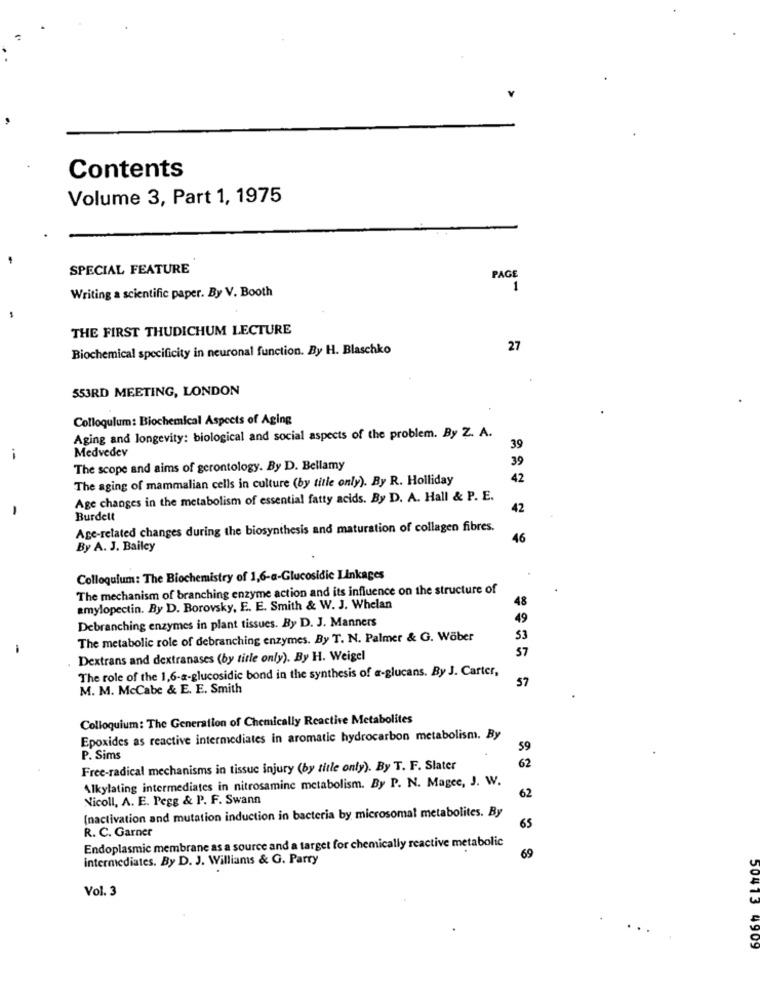
Contents
Volume 3, Part 1, 1975
SPECIAL FEATURE
PAGE
Writing a scientific paper. By V. Booth
1
THE FIRST THUDICHUM LECTURE
Biochemical specificity in neuronal function. By H. Blaschko
27
553RD MEETING, LONDON
Colloquium: Biochemical Aspects of Aging
Aging and longevity: biological and social aspects of the problem. By Z. A.
Medvedev
39
39
The scope and aims of gerontology. By D. Bellamy
The aging of mammalian cells in culture (by title only). By R. Holliday
42
Age changes in the metabolism of essential fatty acids. By D. A. Hall & P. E.
-
42
Burdett
Age-related changes during the biosynthesis and maturation of collagen fibres.
46
By A. J. Bailey
Colloquium: The Biochemistry of 1,6-a-Glucosidie Linkages
The mechanism of branching enzyme action and its influence on the structure of
48
amylopectin. By D. Borovsky, E. E. Smith & W. J. Whelan
Debranching enzymes in plant tissues. By D. J. Manners
49
The metabolic role of debranching enzymes. By T. N. Palmer & G. Wöber
53
-
57
Dextrans and dextranases (by title only). By H. Weigel
The role of the 1,6-a-glucosidic bond in the synthesis of a-glucans. By J. Carter,
57
M. M. McCabe & E. E. Smith
Colloquium: The Generation of Chemically Reactive Metabolites
Epoxides as reactive intermediates in aromatic hydrocarbon metabolism. By
59
P. Sims
Free-radical mechanisms in tissue injury (by title only). By T. F. Slater
62
Alkylating intermediates in nitrosamine metabolism. By P. N. Magee, J. W.
Nicoll, A. E. Pegg & P. F. Swann
62
(nactivation and mutation induction in bacteria by microsomal metabolites. By
65
R. C. Garner
Endoplasmic membrane as a source and a target for chemically reactive metabolic
intermediates. By D. J. Williams & G. Parry
69
Vol. 3
50413 4909